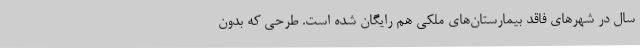
سال در شهرهای فاقد بیمارستان‌های ملکی هم رایگان شده است. طرحی که بدون